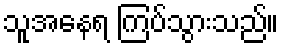
သူအနေရ ကြပ်သွားသည်။